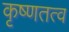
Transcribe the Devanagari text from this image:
कृष्णतत्व